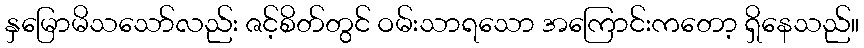
နှမြောမိသသော်လည်း ဇင့်စိတ်တွင် ဝမ်းသာရသော အကြောင်းကတော့ ရှိနေသည်။